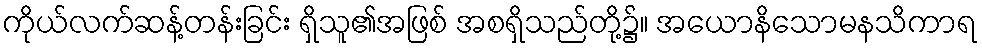
ကိုယ်လက်ဆန့်တန်းခြင်း ရှိသူ၏အဖြစ် အစရှိသည်တို့၌။ အယောနိသောမနသိကာရ